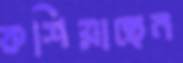
কশিয়াছেন